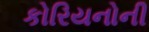
કોરિયનોની